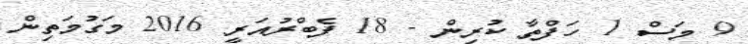
9 މަސް 1 ހަފްތާ ކުރިން - 18 ފެބްރުއަރީ 2016 މަގުމަތިން